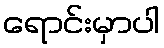
ရောင်းမှာပါ